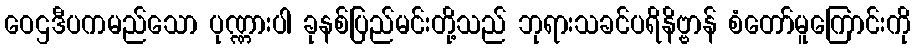
ဝေဌဒီပကမည်သော ပုဏ္ဏားပါ ခုနစ်ပြည်မင်းတို့သည် ဘုရားသခင်ပရိနိဗ္ဗာန် စံတော်မူကြောင်းကို